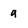
Character: g